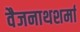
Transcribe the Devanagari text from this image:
वैजनाथशर्मा